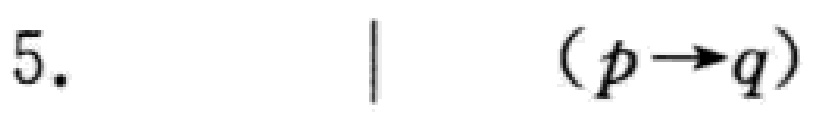
5. \|  $(p\rightarrow q)$